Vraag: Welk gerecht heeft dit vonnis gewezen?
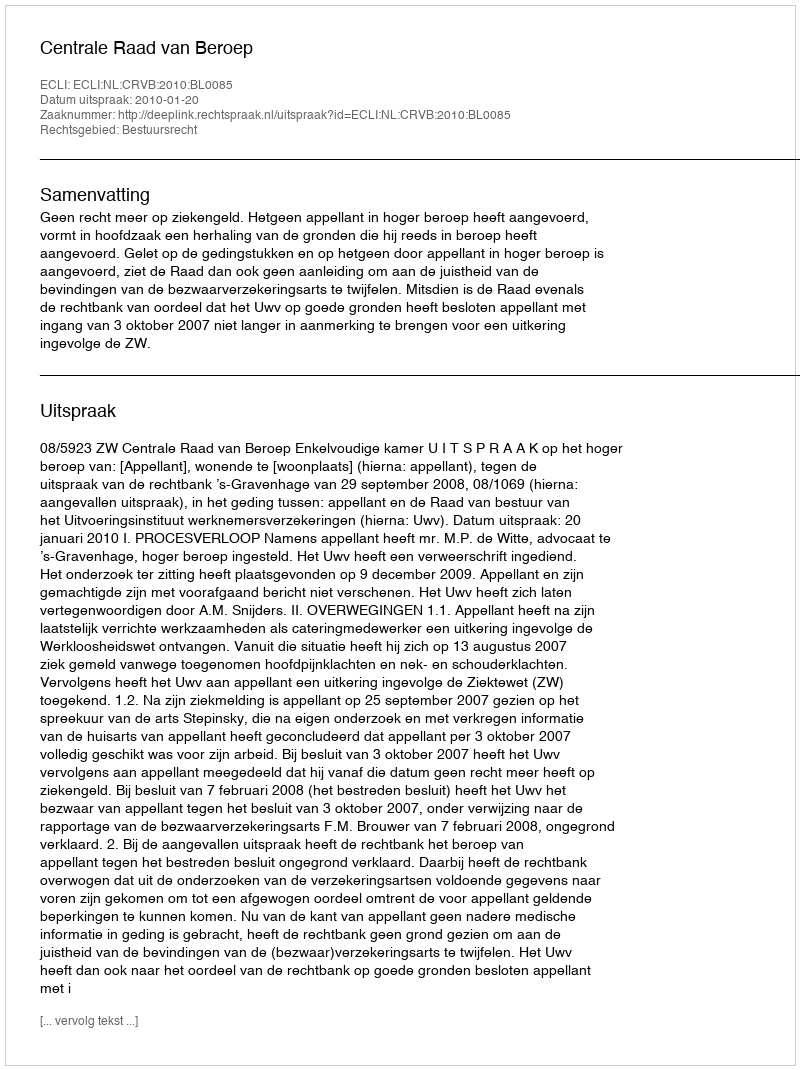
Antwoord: Centrale Raad van Beroep